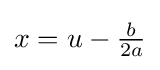
x=u-{\tfrac {b}{2a}}